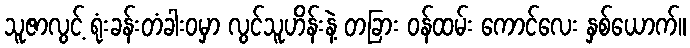
သူဇာလွင့် ရုံးခန်းတံခါးဝမှာ လွင်သူဟိန်းနဲ့ တခြား ဝန်ထမ်း ကောင်လေး နှစ်ယောက်။